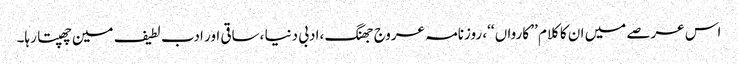
اس عرصے میں ان کا کلام ’’ کارواں ‘‘، روزنامہ عروج جھنگ ،ادبی دنیا ،ساقی اور ادب لطیف مین چھپتا رہا۔